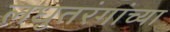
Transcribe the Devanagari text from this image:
लघुतरंगांच्या